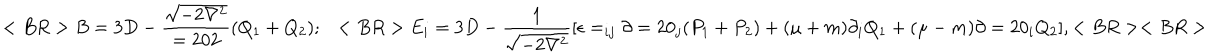
< B R > B = 3 D - { \frac { \sqrt { - 2 \nabla ^ { 2 } } } { = 2 0 2 } } ( Q _ { 1 } + Q _ { 2 } ) ; ~ ~ < B R > E _ { i } = 3 D - { \frac { 1 } { \sqrt { - 2 \nabla ^ { 2 } } } } [ \epsilon = _ { i j } \partial = 2 0 _ { j } ( P _ { 1 } + P _ { 2 } ) + ( \mu + m ) \partial _ { i } Q _ { 1 } + ( \mu - m ) \partial = 2 0 _ { i } Q _ { 2 } ] , < B R > < B R >